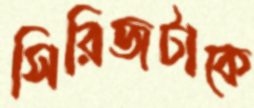
সিরিজটাকে